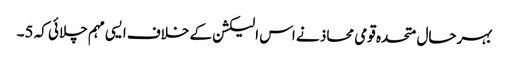
بہرحال متحدہ قومی محاذ نے اس الیکشن کے خلاف ایسی مہم چلائی کہ 5۔